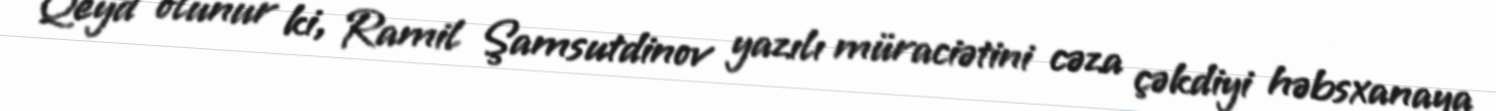
Qeyd olunur ki, Ramil Şamsutdinov yazılı müraciətini cəza çəkdiyi həbsxanaya